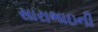
સારાભાઇની